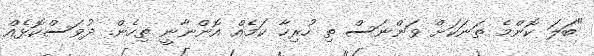
"ބަލަ ކޮންމެ ތަނަކަށް ވަންނަސް ތި ހުރިހާ ކަމެއް އޮންނާނީ ތިހެން. ދުވަސްކޮޅެއް